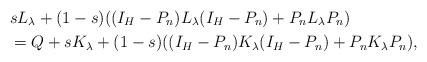
LaTeX: \begin{align*}&sL_\lambda+(1-s)((I_H-P_n)L_\lambda(I_H-P_n)+P_nL_\lambda P_n)\\&=Q+sK_\lambda+(1-s)((I_H-P_n)K_\lambda(I_H-P_n)+P_nK_\lambda P_n),\end{align*}